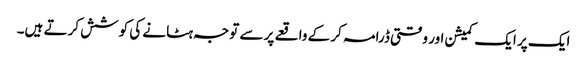
ایک پر ایک کمیشن اور وقتی ڈرامہ کر کے واقعے پر سے توجہ ہٹانے کی کوشش کرتے ہیں۔